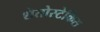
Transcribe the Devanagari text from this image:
शेतोस्टेकिस